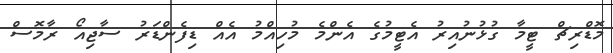
މޮޑްރިޗް ޓީމާ ގުޅުނުއިރު އެޓީމުގެ އެންމެ މުހިއްމު އެއް ޑިފެންޑަރު ސާޖިއޯ ރާމޮސް